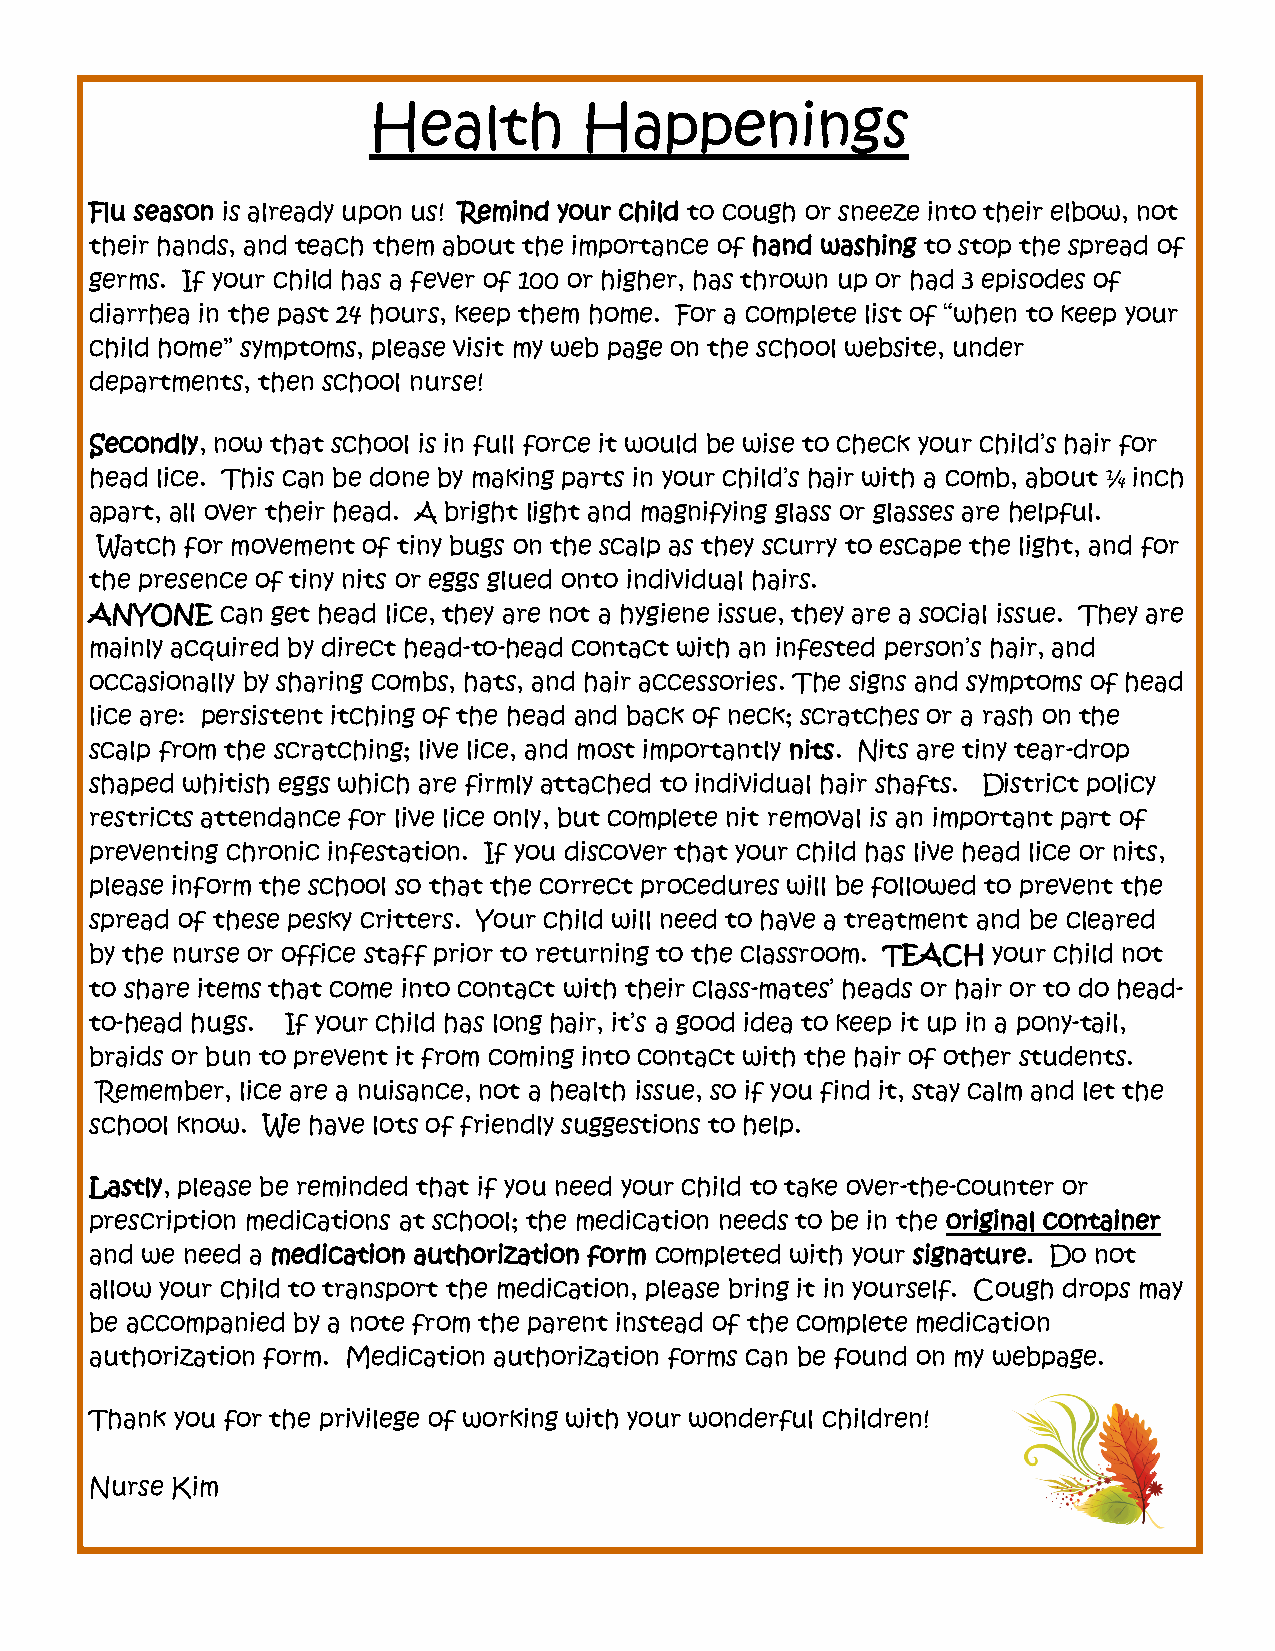
Health         Happenings
 Flu season is already upon us! Remind your child to cough or sneeze into their elbow, not
 their hands, and teach them about the importance of hand washing to stop the spread of
 germs. If your child has a fever of 100 or higher, has thrown up or had 3 episodes of
 diarrhea in the past 24 hours, keep them home. For a complete list of “when to keep your
 child home” symptoms, please visit my web page on the school website, under
 departments, then school nurse!
 Secondly, now that school is in full force it would be wise to check your child’s hair for
 head lice. This can be done by making parts in your child’s hair with a comb, about ¼ inch
 apart, all over their head. A bright light and magnifying glass or glasses are helpful.
 Watch for movement of tiny bugs on the scalp as they scurry to escape the light, and for
 the presence of tiny nits or eggs glued onto individual hairs.
 ANYONE   can get head lice, they are not a hygiene issue, they are a social issue. They are
 mainly acquired by direct head-to-head contact with an infested person’s hair, and
 occasionally by sharing combs, hats, and hair accessories. The signs and symptoms of head
 lice are: persistent itching of the head and back of neck; scratches or a rash on the
 scalp from the scratching; live lice, and most importantly nits. Nits are tiny tear-drop
 shaped whitish eggs which are firmly attached to individual hair shafts. District policy
 restricts attendance for live lice only, but complete nit removal is an important part of
 preventing chronic infestation. If you discover that your child has live head lice or nits,
 please inform the school so that the correct procedures will be followed to prevent the
 spread of these pesky critters. Your child will need to have a treatment and be cleared
 by the nurse or office staff prior to returning to the classroom. TEACH your child not
 to share items that come into contact with their class-mates’ heads or hair or to do head-
 to-head hugs. If your child has long hair, it’s a good idea to keep it up in a pony-tail,
 braids or bun to prevent it from coming into contact with the hair of other students.
 Remember, lice are a nuisance, not a health issue, so if you find it, stay calm and let the
 school know. We have lots of friendly suggestions to help.
 Lastly, please be reminded that if you need your child to take over-the-counter or
 prescription medications at school; the medication needs to be in the original container
 and we need a medication authorization form completed with your signature. Do not
 allow your child to transport the medication, please bring it in yourself. Cough drops may
 be accompanied by a note from the parent instead of the complete medication
 authorization form. Medication authorization forms can be found on my webpage.
 Thank you for the privilege of working with your wonderful children!
 Nurse Kim